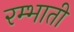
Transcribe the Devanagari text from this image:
रम्भाती